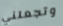
وتجعلني